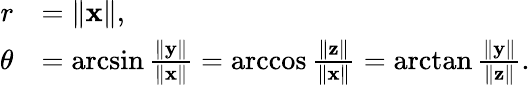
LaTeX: {\begin{array}{rl}{r}&{=\lVert\mathbf{x}\rVert,}\\ {\theta}&{=\arcsin{\frac{\lVert\mathbf{y}\rVert}{\lVert\mathbf{x}\rVert}}=\operatorname{arccos}{\frac{\lVert\mathbf{z}\rVert}{\lVert\mathbf{x}\rVert}}=\arctan{\frac{\lVert\mathbf{y}\rVert}{\lVert\mathbf{z}\rVert}}.}\end{array}}